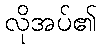
လိုအပ်၏